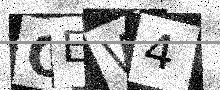
Text: OEW4